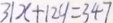
3 1 x + 1 2 y = 3 4 7